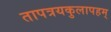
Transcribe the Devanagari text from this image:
तापत्रयकुलापहम्